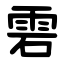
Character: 雼